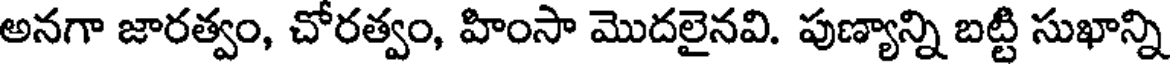
అనగా జారత్వం, చోరత్వం, హింసా మొదలైనవి. పుణ్యాన్ని బట్టి సుఖాన్ని